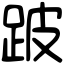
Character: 跛